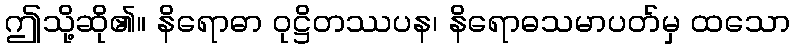
ဤသို့ဆို၏။ နိရောဓာ ဝုဋ္ဌိတဿပန၊ နိရောဓသမာပတ်မှ ထသော